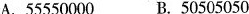
A. 55550000 B. 50505050